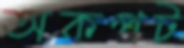
অকপট